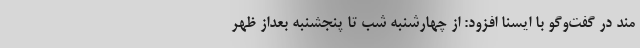
مند در گفت‌وگو با ایسنا افزود: از چهارشنبه شب تا پنجشنبه بعداز ظهر